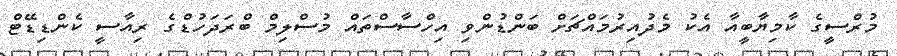
މުރްސީގެ ކާމިޔާބީއާ އެކު މެދުއިރުމައްޗަށް ބަންޑުންވި އިހްސާސްތައް މުސްލިމް ބްރަދަހުޑްގެ ރިއާސީ ކެންޑިޑޭޓް